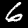
Label: 6